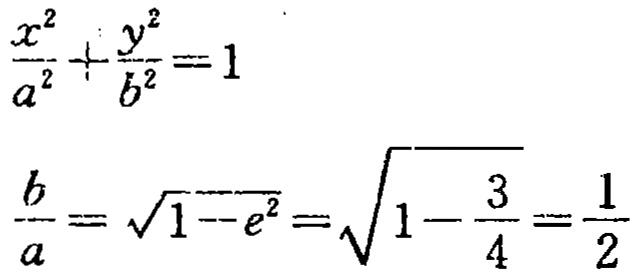
\[\frac{x^{2}}{a^{2}}+\frac{y^{2}}{b^{2}} = 1\]
\[\frac{b}{a}=\sqrt{1 - e^{2}}=\sqrt{1-\frac{3}{4}}=\frac{1}{2}\]